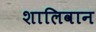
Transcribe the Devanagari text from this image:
शालिवान